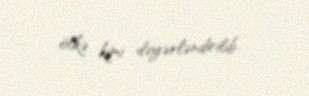
ölkə kimi dəyərləndirilib.